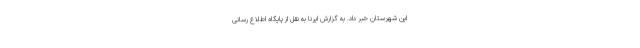
این شهرستان خبر داد. به گزارش ایرنا به نقل از پایگاه اطلاع رسانی